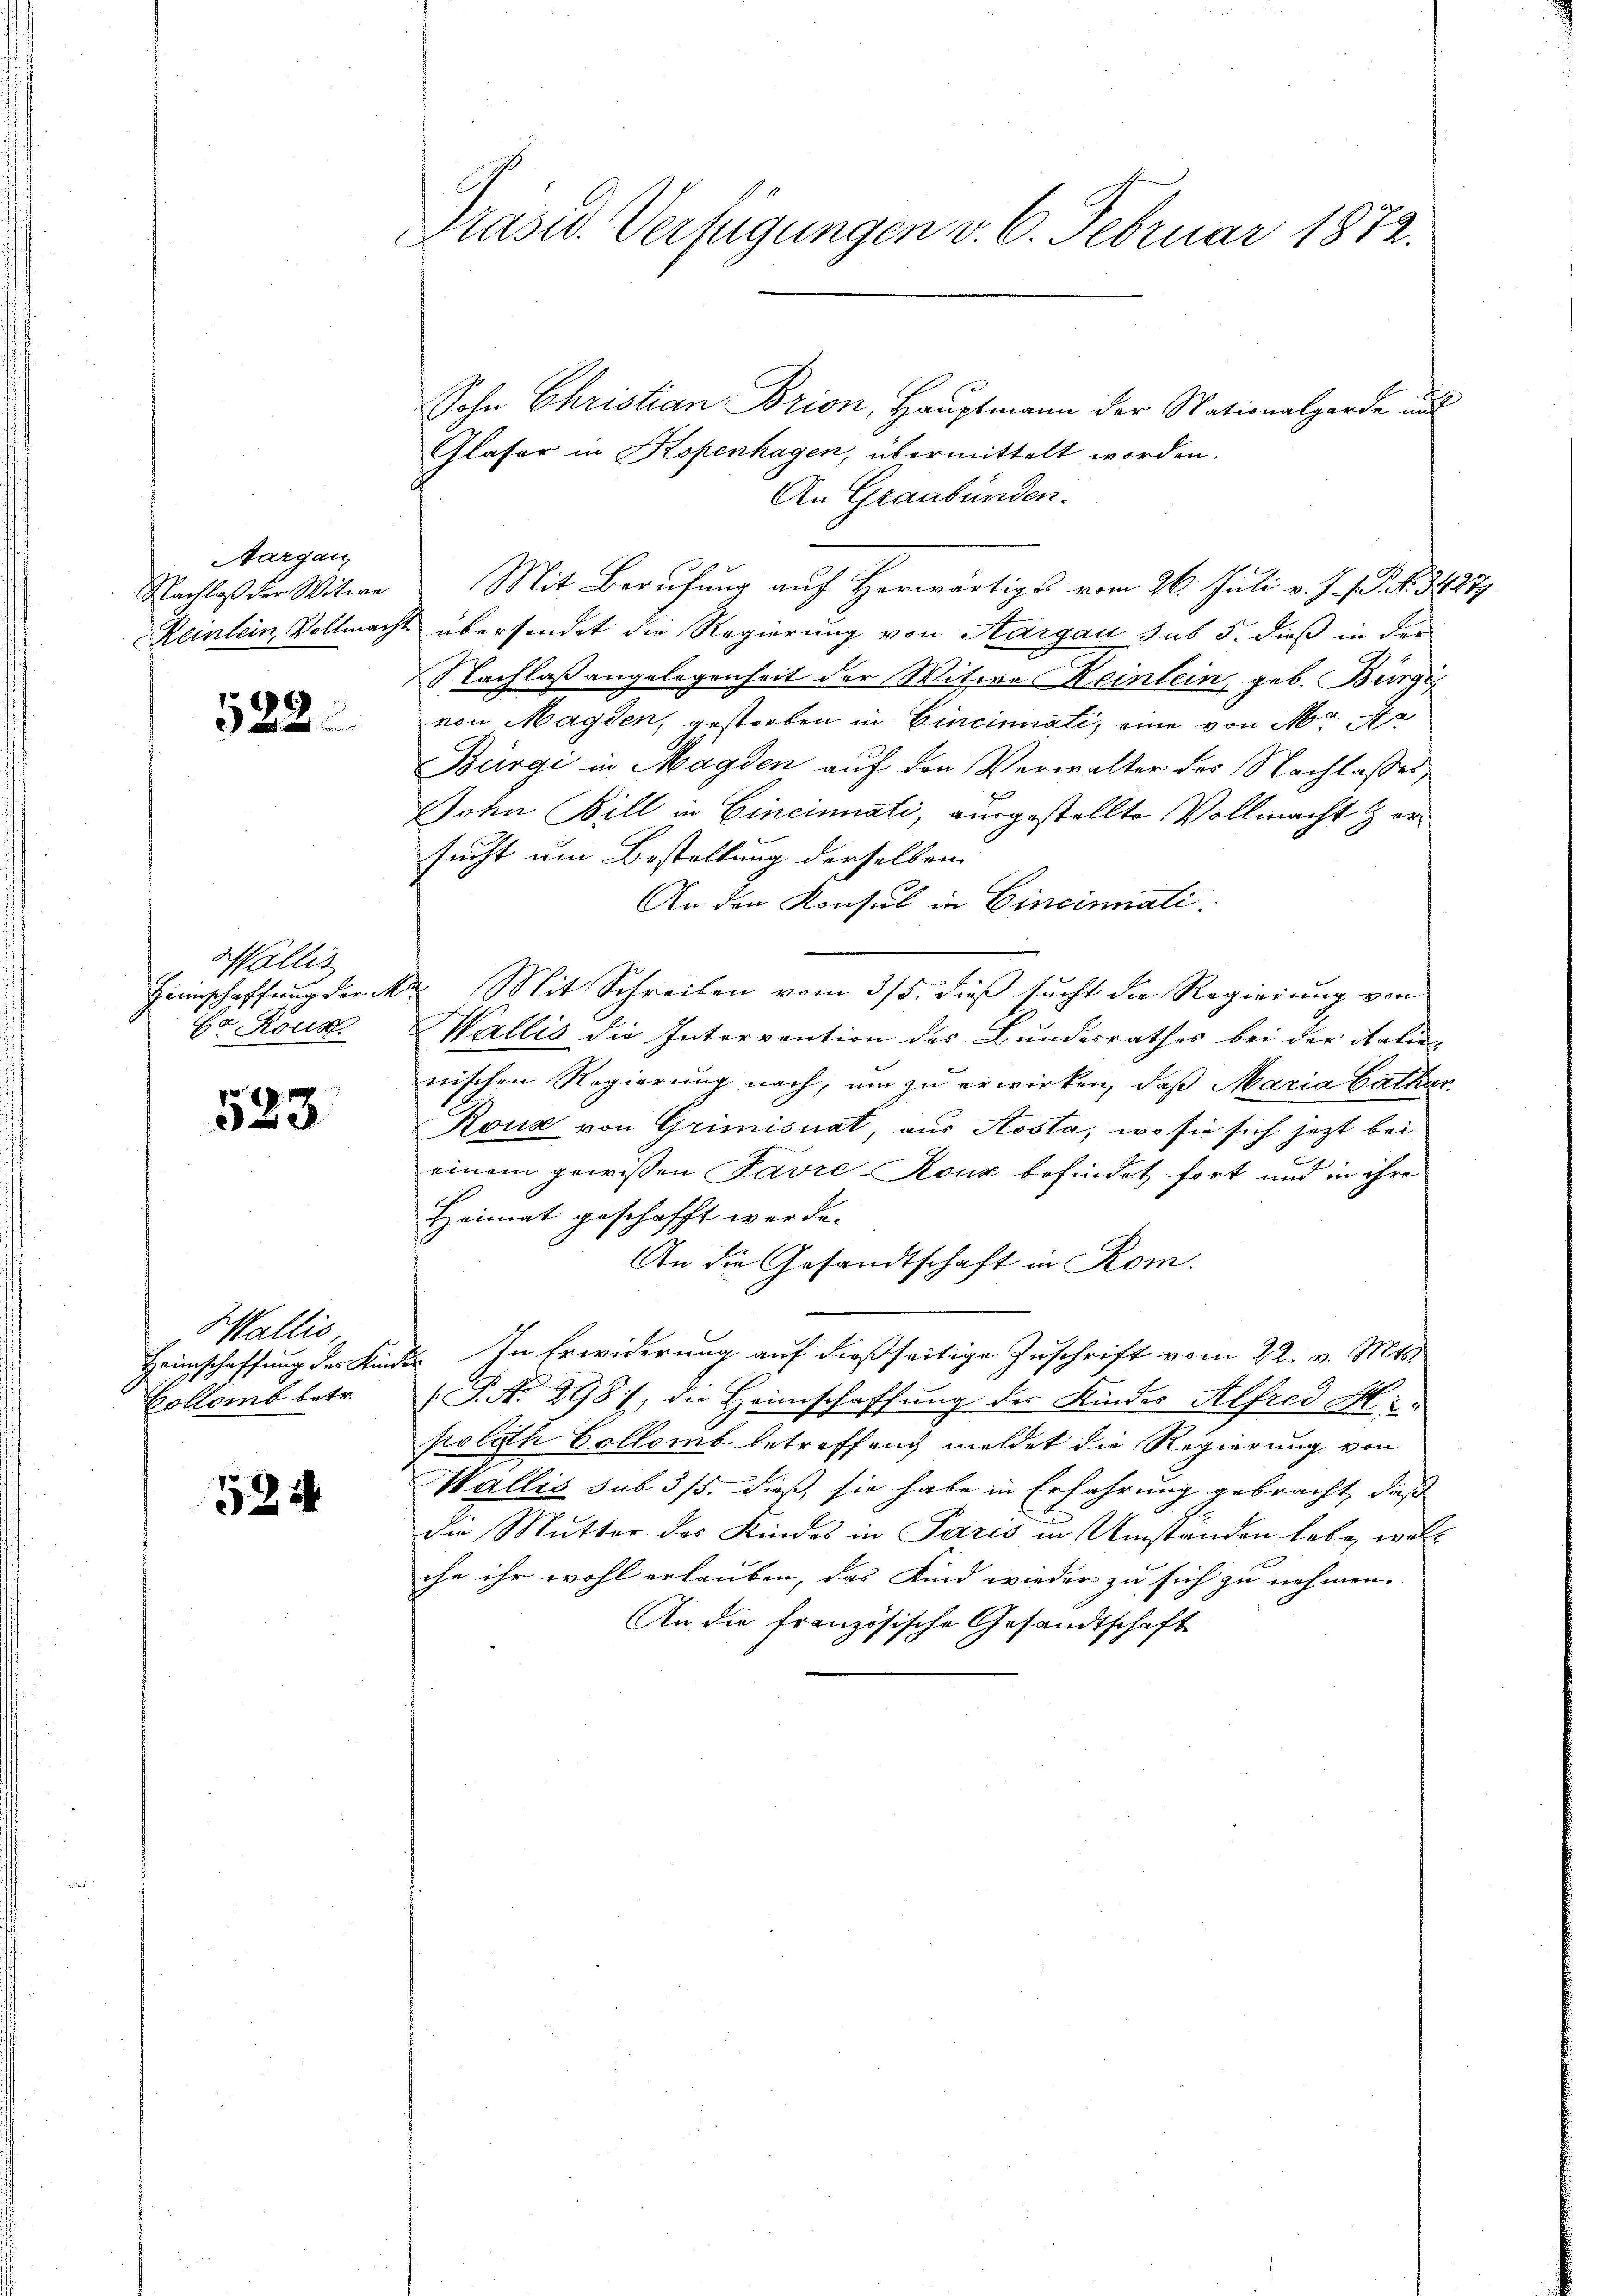
Aargau
Nachlaß der Witwe
Reinlein Vollmacht

122.

Wallis
Haunschaffung der M
Ca Rous.

523.

Wallis
Heimschaffung des Kinde
Bollamb betr.

524

Präsid. Verfügungen v. 6. Februar 1872.

Sohn Christian Brion, Hauptmann der Nationalgarde und
Glaser in Kopenhagen, übermittelt worden.
An Graubünden.
Mit Berufung auf Herwärtiges vom 26. Juli v. J. P. Nr. 3421.
übersendet die Regierung von Aargau sub 5. dieß in der
Nachlaßangelegenheit der Witwe Reinlein geb. Bürgi
von Magden, gestorben in Cincinuati, eine von M. da
Bürgi in Magden auf den Verwalter der Nachlasses,
John Bill in Cincinati, ausgestellte Vollmacht zersucht um Bestellung derselben
An den Konsul in Cincinati
Mit Schreiben vom 3/5. dieß sucht die Regierung von
Wallis die Intervention des Bundesrathes bei der Salis-
nischen Regierung nach, um zu erwirken, daß Maria Cathar
Rouz von Grimisuat, aus Aosta, wo sie sich jetzt bei
einem gewissen Favre-Rouz befindet fort und in ihre
Heimat geschafft werde.
An die Gesandtschaft in Rom.
2. In Erwiderung auf dießseitige Zuschrift vom 22. v. Mts.
(G. No 998, die Heimschaffung der Kinder Alfred M.
poloth Collemb. betreffend meldet die Regierung von
Wallis sub 3/5. dieß, sie habe in Erfahrung gebracht, daß
die Mutter des Kindes in Paris in Umstanden habe, woll
che ihr wohl erlauben, das Kind wieder zu sich zu nehmen.
An die französische Gesandtschaft

2